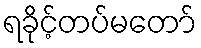
ရခိုင့်တပ်မတော်